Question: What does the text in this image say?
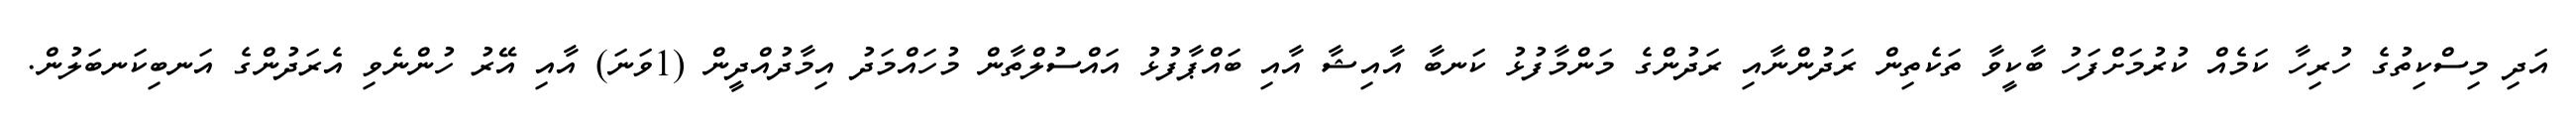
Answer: އަދި މިސްކިތުގެ ހުރިހާ ކަމެއް ކުރުމަށްފަހު ބާކީވާ ތަކެތިން ރަދުންނާއި ރަދުންގެ މަންމާފުޅު ކަނބާ އާއިޝާ އާއި ބައްޕާފުޅު އައްސުލްތާން މުހައްމަދު އިމާދުއްދީން (1ވަނަ) އާއި އޭރު ހުންނެވި އެރަދުންގެ އަނބިކަނބަލުން.